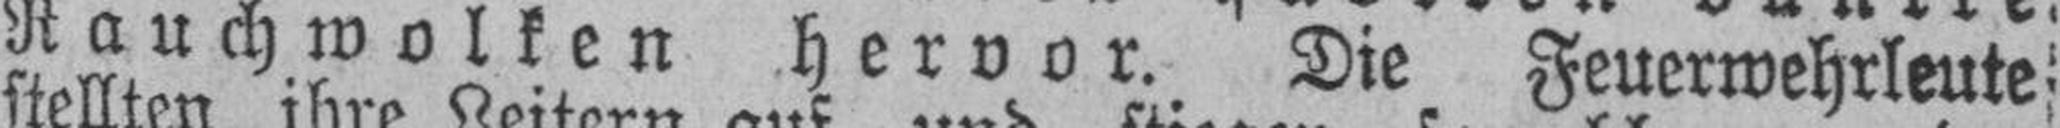
Rauchwolken hervor. Die Feuerwehrleute